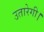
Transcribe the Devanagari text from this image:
उतारेगी।